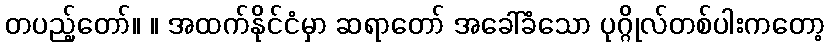
တပည့်တော်။ ။ အထက်နိုင်ငံမှာ ဆရာတော် အခေါ်ခံသော ပုဂ္ဂိုလ်တစ်ပါးကတော့